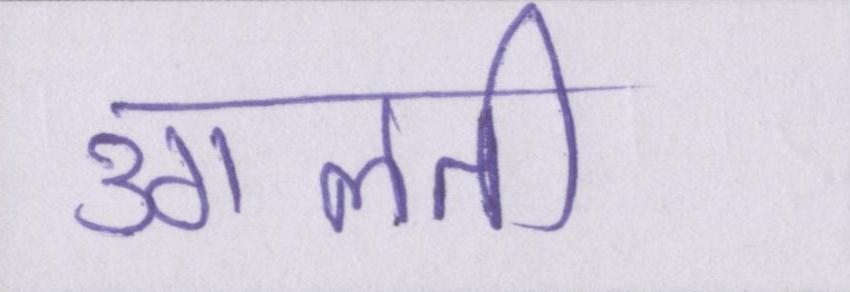
उगलती